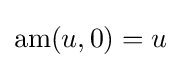
\operatorname {am} (u,0)=u